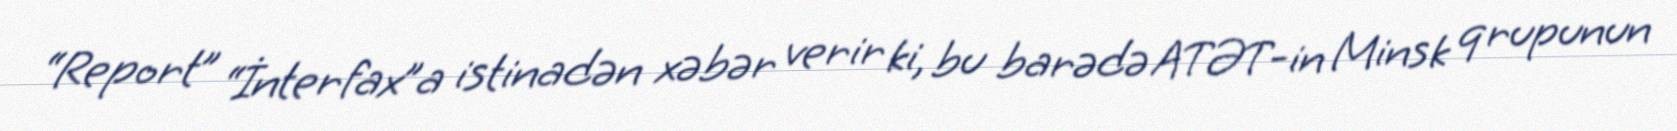
“Report” “İnterfax”a istinadən xəbər verir ki, bu barədə ATƏT-in Minsk qrupunun